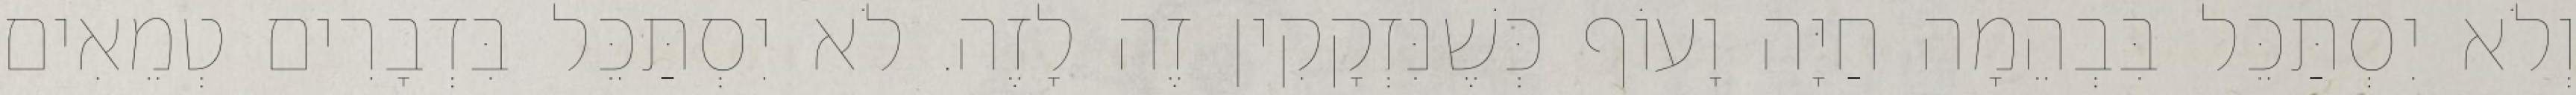
וְלֹא יִסְתַּכֵּל בִּבְהֵמָה חַיָּה וָעוֹף כְּשֶׁנִּזְקָקִין זֶה לָזֶה. לֹא יִסְתַּכֵּל בִּדְבָרִים טְמֵאִים